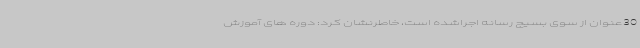
30عنوان از سوی بسیج رسانه اجراشده است، خاطرنشان کرد: دوره های آموزش